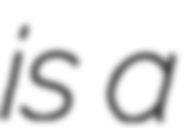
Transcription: is a